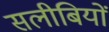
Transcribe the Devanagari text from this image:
सलीबियों